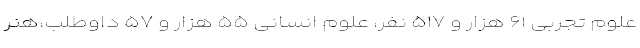
علوم تجربی ۶۱ هزار و ۵۱۷ نفر، علوم انسانی ۵۵ هزار و ۵۷ داوطلب،هنر